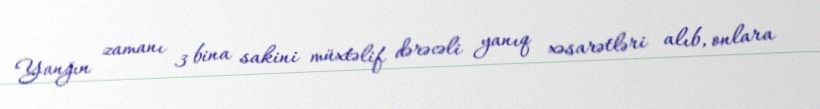
Yanğın zamanı 3 bina sakini müxtəlif dərəcəli yanıq xəsarətləri alıb, onlara